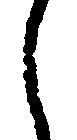
し